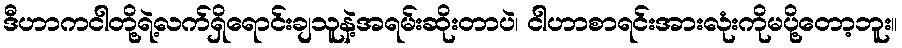
ဒီဟာကငါတို့ရဲ့လက်ရှိရောင်းချသူနဲ့အရမ်းဆိုးတာပဲ၊ ငါဟာစာရင်းအားလုံးကိုမပို့တော့ဘူး။